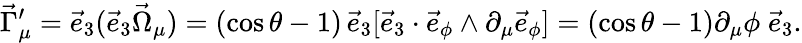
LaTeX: \vec{\Gamma}_{\mu}^{\prime}=\vec{e}_{3}(\vec{e}_{3}\vec{\Omega}_{\mu})=(\cos\theta-1)\, \vec{e}_{3}[\vec{e}_{3}\cdot\vec{e}_{\phi}\wedge\partial_{\mu}\vec{e}_{\phi}]=(\cos\theta-1)\partial_{\mu}\phi\; \vec{e}_{3}.